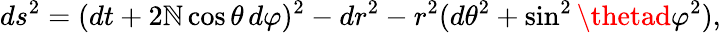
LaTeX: ds^{2}=(dt+2\mathbb{N}\cos\theta\, d\varphi)^{2}-dr^{2}-r^{2}(d\theta^{2}+\sin^{2}\thetad\varphi^{2}),